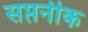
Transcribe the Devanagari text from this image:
सप्तनीक